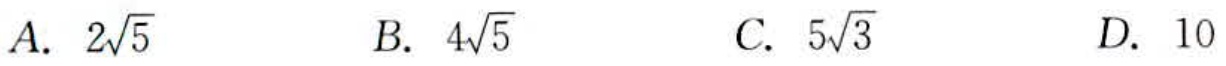
A. \(2\sqrt{5}\)

B. \(4\sqrt{5}\)

C. \(5\sqrt{3}\)

D. \(10\)